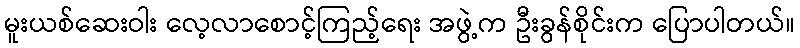
မူးယစ်ဆေးဝါး လေ့လာစောင့်ကြည့်ရေး အဖွဲ့က ဦးခွန်စိုင်းက ပြောပါတယ်။